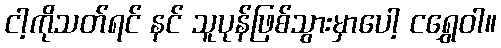
ငါ့ကိုသတ်ရင် နင် သူပုန်ဖြစ်သွားမှာပေါ့ ငရွှေဝါ။